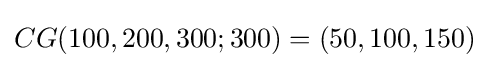
CG(100,200,300;300)=(50,100,150)